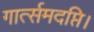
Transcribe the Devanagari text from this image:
गार्त्समदप्ति।